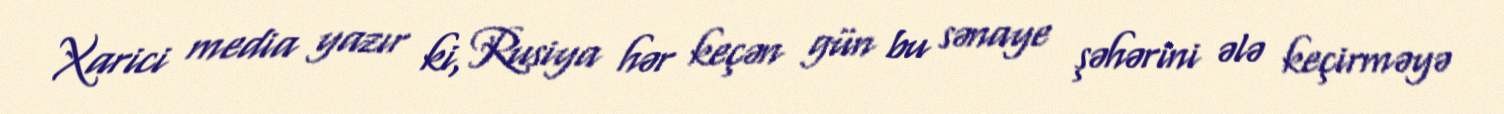
Xarici media yazır ki, Rusiya hər keçən gün bu sənaye şəhərini ələ keçirməyə